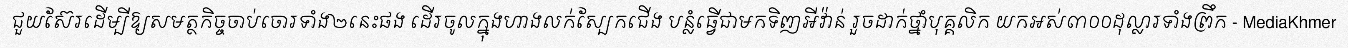
ជួយស៊ែរដើម្បីឱ្យសមត្ថកិច្ចចាប់ចោរទាំង២នេះផង ដើរចូលក្នុងហាងលក់ស្បែកជើង បន្លំធ្វើជាមកទិញអីវ៉ាន់ រួចដាក់ថ្នាំបុគ្គលិក យកអស់៣០០ដុល្លារទាំងព្រឹក - MediaKhmer